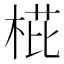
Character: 𣓋